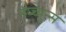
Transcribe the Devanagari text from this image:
नेप्च्युन्स